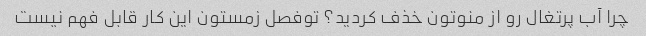
چرا آب پرتغال رو از منوتون خذف کردید؟ توفصل زمستون این کار قابل فهم نیست